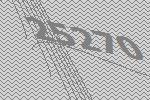
25270